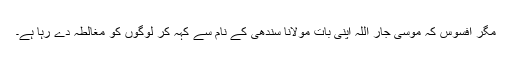
مگر افسوس کہ موسی جار اللہ اپنی بات مولانا سندھی کے نام سے کہہ کر لوگوں کو مغالطہ دے رہا ہے۔